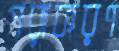
পরাকরণ